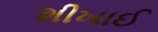
શીખાઈ